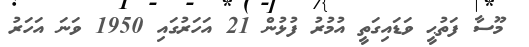
މޫސާ ފަތުޙީ ވަޑައިގަތީ އުމުރު ފުޅުން 21 އަހަރުގައި 1950 ވަނަ އަހަރު